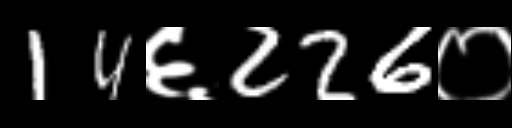
Text: 14६226०